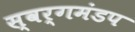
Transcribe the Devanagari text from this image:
स्वर्गमंडप